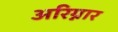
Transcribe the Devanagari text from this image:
अरिग्नार